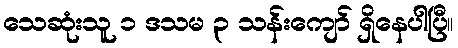
သေဆုံးသူ ၁ ဒသမ ၃ သန်းကျော် ရှိနေပါပြီ။